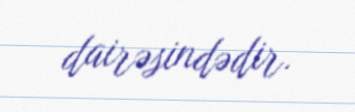
dairəsindədir.